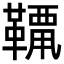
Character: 𩌶